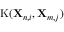
\mathrm { K } ( \mathbf { X } _ { n , i } , \mathbf { X } _ { m , j } )